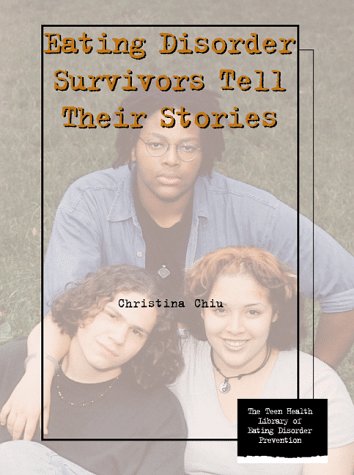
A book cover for Eating Disorder Survivors Tell Their Stories (Teen Health Library of Eating Disorder Prevention); Christina Chiu; Health, Fitness & Dieting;